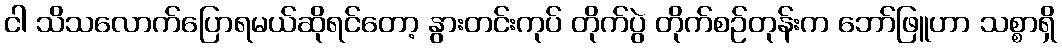
ငါ သိသလောက်ပြောရမယ်ဆိုရင်တော့ နွားတင်းကုပ် တိုက်ပွဲ တိုက်စဉ်တုန်းက ဘော်ဖြူဟာ သစ္စာရှိ